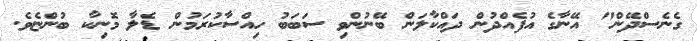
ގެނެސްދޭން" އޭނާގެ އުފެއްދުން ދައްކާލަން ބޭނުންވި ސަބަބު ހިއްސާކުރަމުން ޑެލާ މޮނިކާ ބުންޏެވެ.